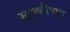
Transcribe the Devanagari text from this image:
खुष्कीच्या